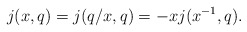
\begin{align*} j(x,q) = j(q/x, q) = -x j(x^{-1}, q).\end{align*}